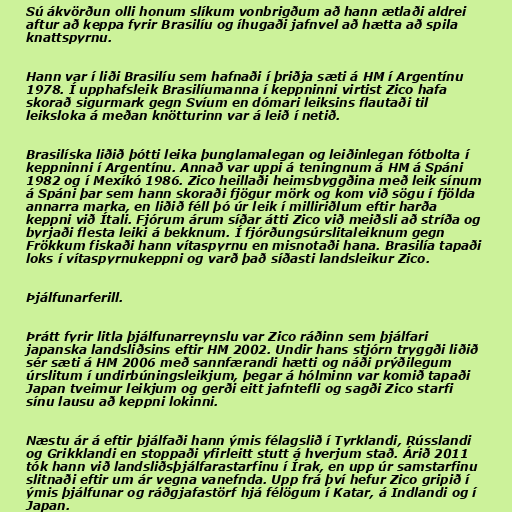
Sú ákvörðun olli honum slíkum vonbrigðum að hann ætlaði aldrei
aftur að keppa fyrir Brasilíu og íhugaði jafnvel að hætta að spila
knattspyrnu.

Hann var í liði Brasilíu sem hafnaði í þriðja sæti á HM í Argentínu
1978. Í upphafsleik Brasilíumanna í keppninni virtist Zico hafa
skorað sigurmark gegn Svíum en dómari leiksins flautaði til
leiksloka á meðan knötturinn var á leið í netið.

Brasilíska liðið þótti leika þunglamalegan og leiðinlegan fótbolta í
keppninni í Argentínu. Annað var uppi á teningnum á HM á Spáni
1982 og í Mexíkó 1986. Zico heillaði heimsbyggðina með leik sínum
á Spáni þar sem hann skoraði fjögur mörk og kom við sögu í fjölda
annarra marka, en liðið féll þó úr leik í milliriðlum eftir harða
keppni við Ítali. Fjórum árum síðar átti Zico við meiðsli að stríða og
byrjaði flesta leiki á bekknum. Í fjórðungsúrslitaleiknum gegn
Frökkum fiskaði hann vítaspyrnu en misnotaði hana. Brasilía tapaði
loks í vítaspyrnukeppni og varð það síðasti landsleikur Zico.

Þjálfunarferill.

Þrátt fyrir litla þjálfunarreynslu var Zico ráðinn sem þjálfari
japanska landsliðsins eftir HM 2002. Undir hans stjórn tryggði liðið
sér sæti á HM 2006 með sannfærandi hætti og náði prýðilegum
úrslitum í undirbúningsleikjum, þegar á hólminn var komið tapaði
Japan tveimur leikjum og gerði eitt jafntefli og sagði Zico starfi
sínu lausu að keppni lokinni.

Næstu ár á eftir þjálfaði hann ýmis félagslið í Tyrklandi, Rússlandi
og Grikklandi en stoppaði yfirleitt stutt á hverjum stað. Árið 2011
tók hann við landsliðsþjálfarastarfinu í Írak, en upp úr samstarfinu
slitnaði eftir um ár vegna vanefnda. Upp frá því hefur Zico gripið í
ýmis þjálfunar og ráðgjafastörf hjá félögum í Katar, á Indlandi og í
Japan.